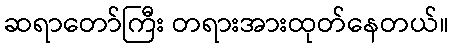
ဆရာတော်ကြီး တရားအားထုတ်နေတယ်။